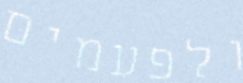
ולפעמים